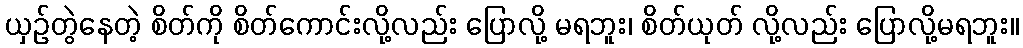
ယှဉ်တွဲနေတဲ့ စိတ်ကို စိတ်ကောင်းလို့လည်း ပြောလို့ မရဘူး၊ စိတ်ယုတ် လို့လည်း ပြောလို့မရဘူး။